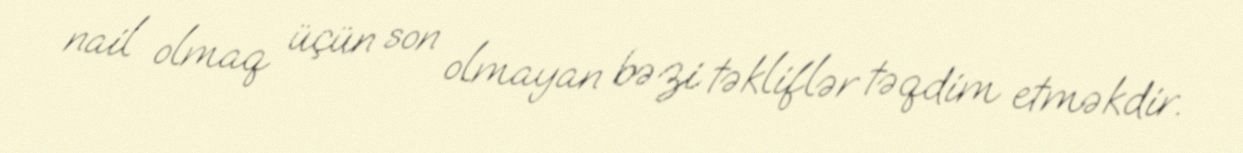
nail olmaq üçün son olmayan bəzi təkliflər təqdim etməkdir.